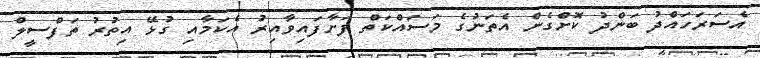
އެސަރަހައްދު ބަންދު ކޮށްގެން އެތަނުގެ މަސައްކަތް ފަށާފައިވާއިރު އެކަމާއި ގުޅޭ އިތުރު ތަފްސީލް